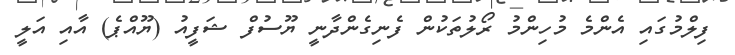
ފިލްމުގައި އެންމެ މުހިންމު ރޯލުތަކުން ފެނިގެންދާނީ ޔޫސުފް ޝަފީއު (ޔޫއްޕެ) އާއި އަލީ